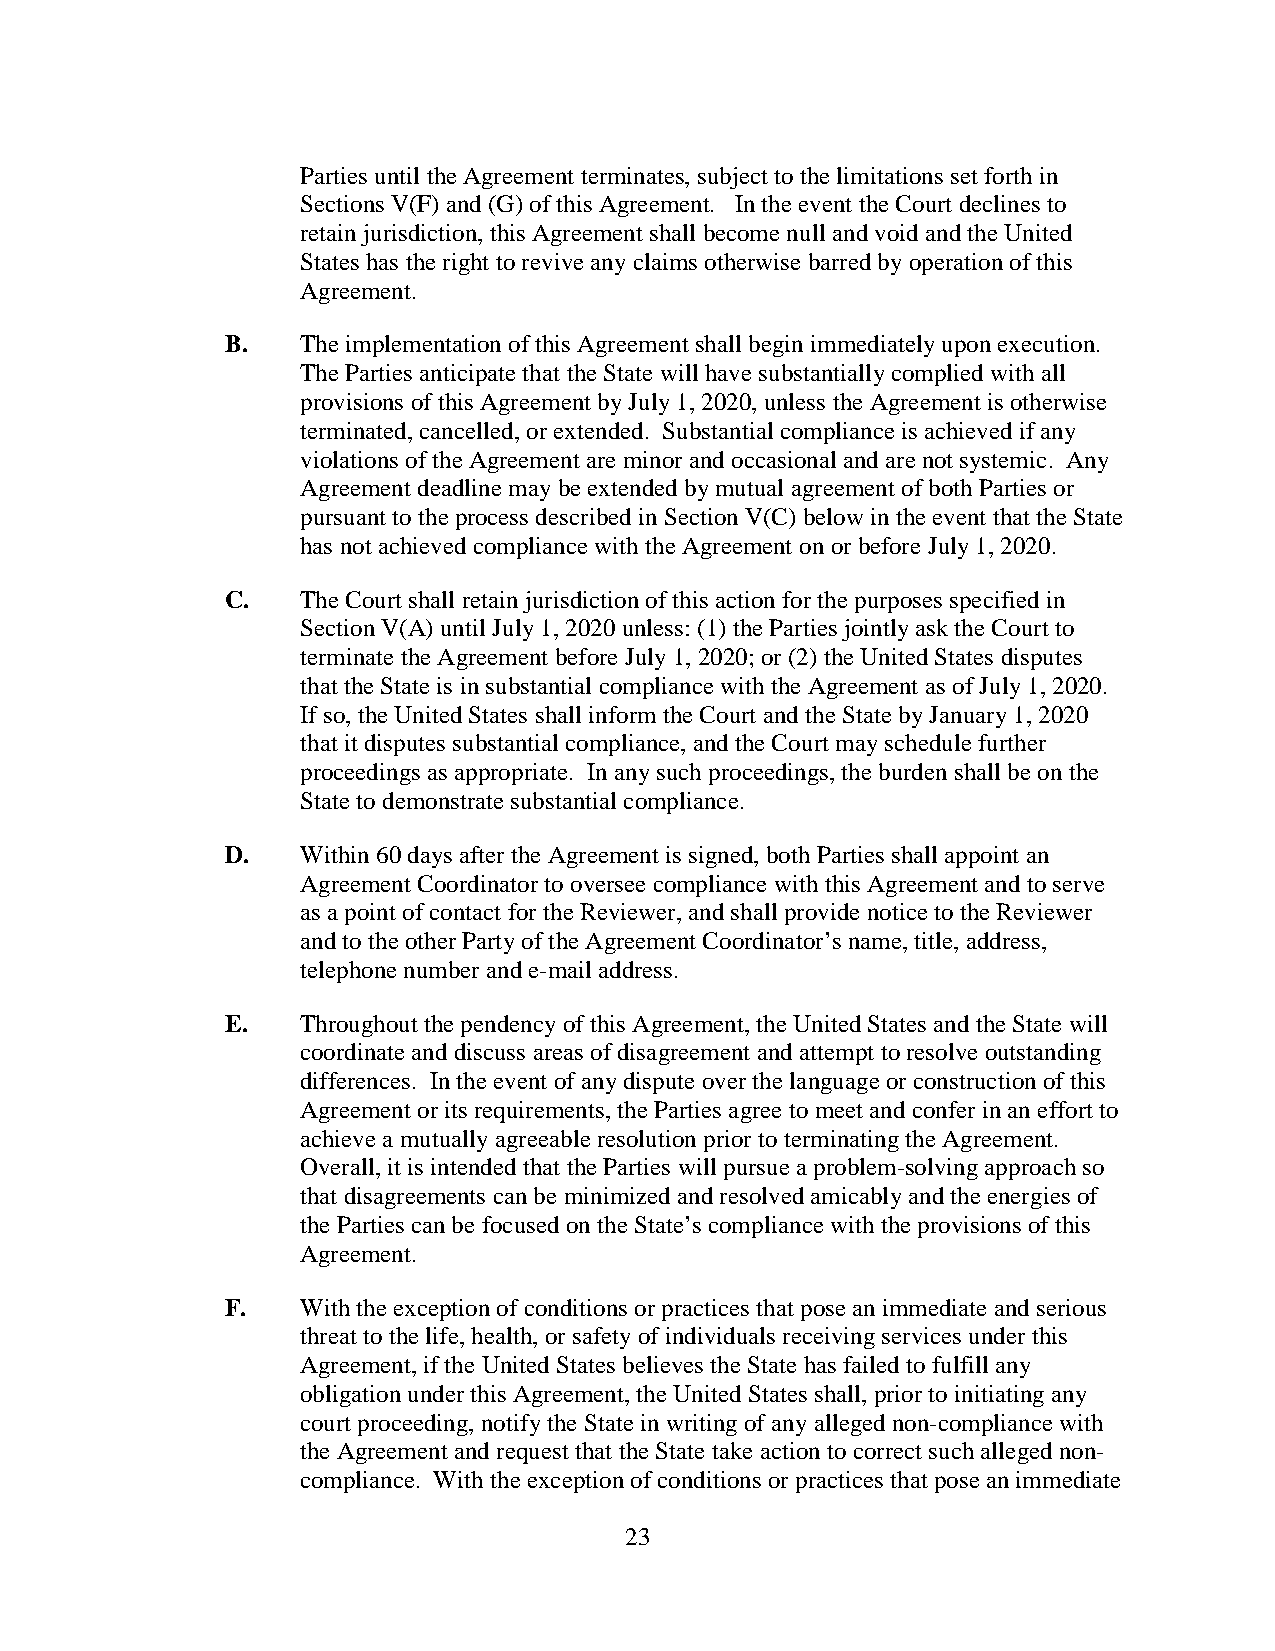
Parties until the Agreement terminates, subject to the limitations set forth in
 Sections V(F) and (G) of this Agreement. In the event the Court declines to
 retain jurisdiction, this Agreement shall become null and void and the United
 States has the right to revive any claims otherwise barred by operation of this
 Agreement.
 B.   The implementation of this Agreement shall begin immediately upon execution.
 The Parties anticipate that the State will have substantially complied with all
 provisions of this Agreement by July 1, 2020, unless the Agreement is otherwise
 terminated, cancelled, or extended. Substantial compliance is achieved if any
 violations of the Agreement are minor and occasional and are not systemic. Any
 Agreement deadline may be extended by mutual agreement of both Parties or
 pursuant to the process described in Section V(C) below in the event that the State
 has not achieved compliance with the Agreement on or before July 1, 2020.
 C.   The Court shall retain jurisdiction of this action for the purposes specified in
 Section V(A) until July 1, 2020 unless: (1) the Parties jointly ask the Court to
 terminate the Agreement before July 1, 2020; or (2) the United States disputes
 that the State is in substantial compliance with the Agreement as of July 1, 2020.
 If so, the United States shall inform the Court and the State by January 1, 2020
 that it disputes substantial compliance, and the Court may schedule further
 proceedings as appropriate. In any such proceedings, the burden shall be on the
 State to demonstrate substantial compliance.
 D.   Within 60 days after the Agreement is signed, both Parties shall appoint an
 Agreement Coordinator to oversee compliance with this Agreement and to serve
 as a point of contact for the Reviewer, and shall provide notice to the Reviewer
 and to the other Party of the Agreement Coordinator’s name, title, address,
 telephone number and e-mail address.
 E.   Throughout the pendency of this Agreement, the United States and the State will
 coordinate and discuss areas of disagreement and attempt to resolve outstanding
 differences. In the event of any dispute over the language or construction of this
 Agreement or its requirements, the Parties agree to meet and confer in an effort to
 achieve a mutually agreeable resolution prior to terminating the Agreement.
 Overall, it is intended that the Parties will pursue a problem-solving approach so
 that disagreements can be minimized and resolved amicably and the energies of
 the Parties can be focused on the State’s compliance with the provisions of this
 Agreement.
 F.   With the exception of conditions or practices that pose an immediate and serious
 threat to the life, health, or safety of individuals receiving services under this
 Agreement, if the United States believes the State has failed to fulfill any
 obligation under this Agreement, the United States shall, prior to initiating any
 court proceeding, notify the State in writing of any alleged non-compliance with
 the Agreement and request that the State take action to correct such alleged non-
 compliance. With the exception of conditions or practices that pose an immediate
 23